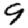
Digit: 9